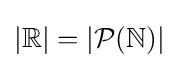
|\mathbb {R} |=|{\mathcal {P}}(\mathbb {N} )|